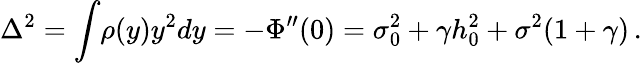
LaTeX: \Delta^{2}=\int\! \rho(y)y^{2}dy=-\Phi^{\prime\prime}(0)=\sigma_{0}^{2}+\gamma h_{0}^{2}+\sigma^{2}(1+\gamma)\, .